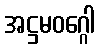
အဋ္ဌမဝဂ္ဂေါ